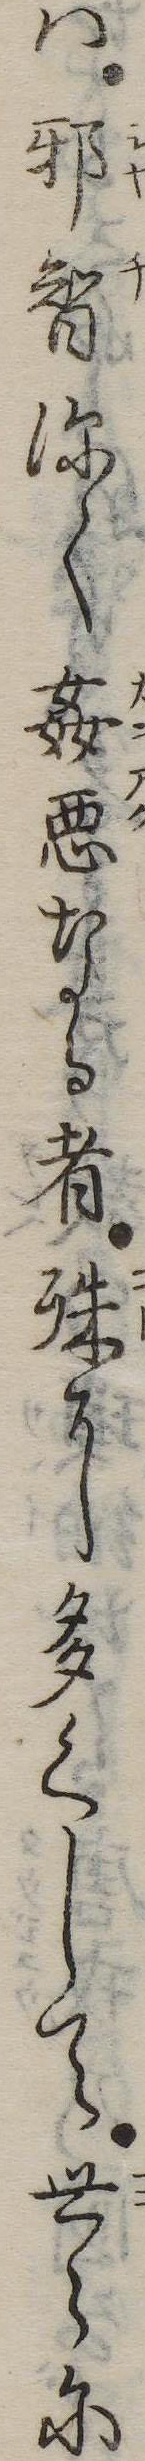
は邪智深く奸悪なる者殊に多くして世に